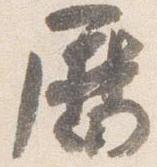
暦